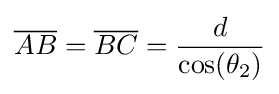
{\overline {AB}}={\overline {BC}}={\frac {d}{\cos(\theta _{2})}}